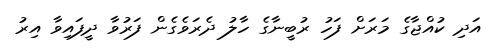
އަދި ކުއްޖާގެ މަރަށް ފަހު ރުބީނާގެ ހާލު ދެރަވެގެން ފަރުވާ ދީފައިވާ އިރު